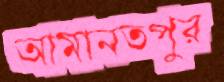
আমানতপুর